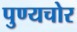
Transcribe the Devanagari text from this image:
पुण्यचोर